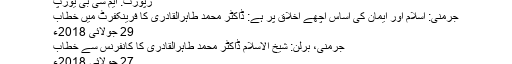
رپورٹ: ایم سی بی یورپ
جرمنی: اسلام اور ایمان کی اساس اچھے اخلاق پر ہے: ڈاکٹر محمد طاہرالقادری کا فرینکفرٹ میں خطاب
29 جولائی 2018ء
جرمنی، برلن: شیخ الاسلام ڈاکٹر محمد طاہرالقادری کا کانفرنس سے خطاب
27 جولائی 2018ء